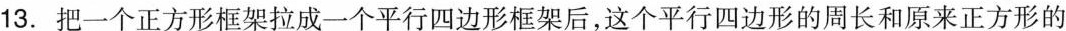
13.把一个正方形框架拉成一个平行四边形框架后，这个平行四边形的周长和原来正方形的